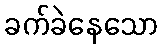
ခက်ခဲနေသော